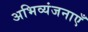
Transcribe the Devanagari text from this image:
अभिव्यंजनाएँ